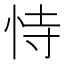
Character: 恃